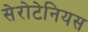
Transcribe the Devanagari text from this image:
सेरोटेनियस